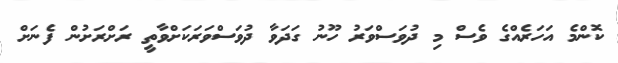
ކޮންމެ އަހަރެއްގެ ވެސް މި ދުވަސްވަރު ހޫނު ގަދަވާ ދުވަސްވަރަކަށްވާތީ ރަށްރަށުން ފެނަށް